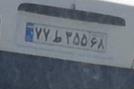
۷۷ط۳۵۵۶۸